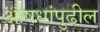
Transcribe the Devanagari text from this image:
औषधांपुढील